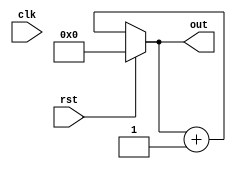
// 4

// 
module counter4_2(out,clk,rst);
output [3:0] out;
input clk,rst;
reg [3:0] out;

always @(clk or rst) begin
    if (rst) out = 0;
    else out = out + 1;
end

endmodule